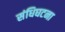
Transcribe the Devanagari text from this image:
संधिघटना